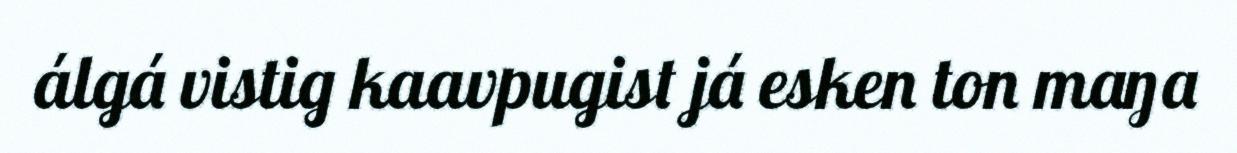
álgá vistig kaavpugist já esken ton maŋa